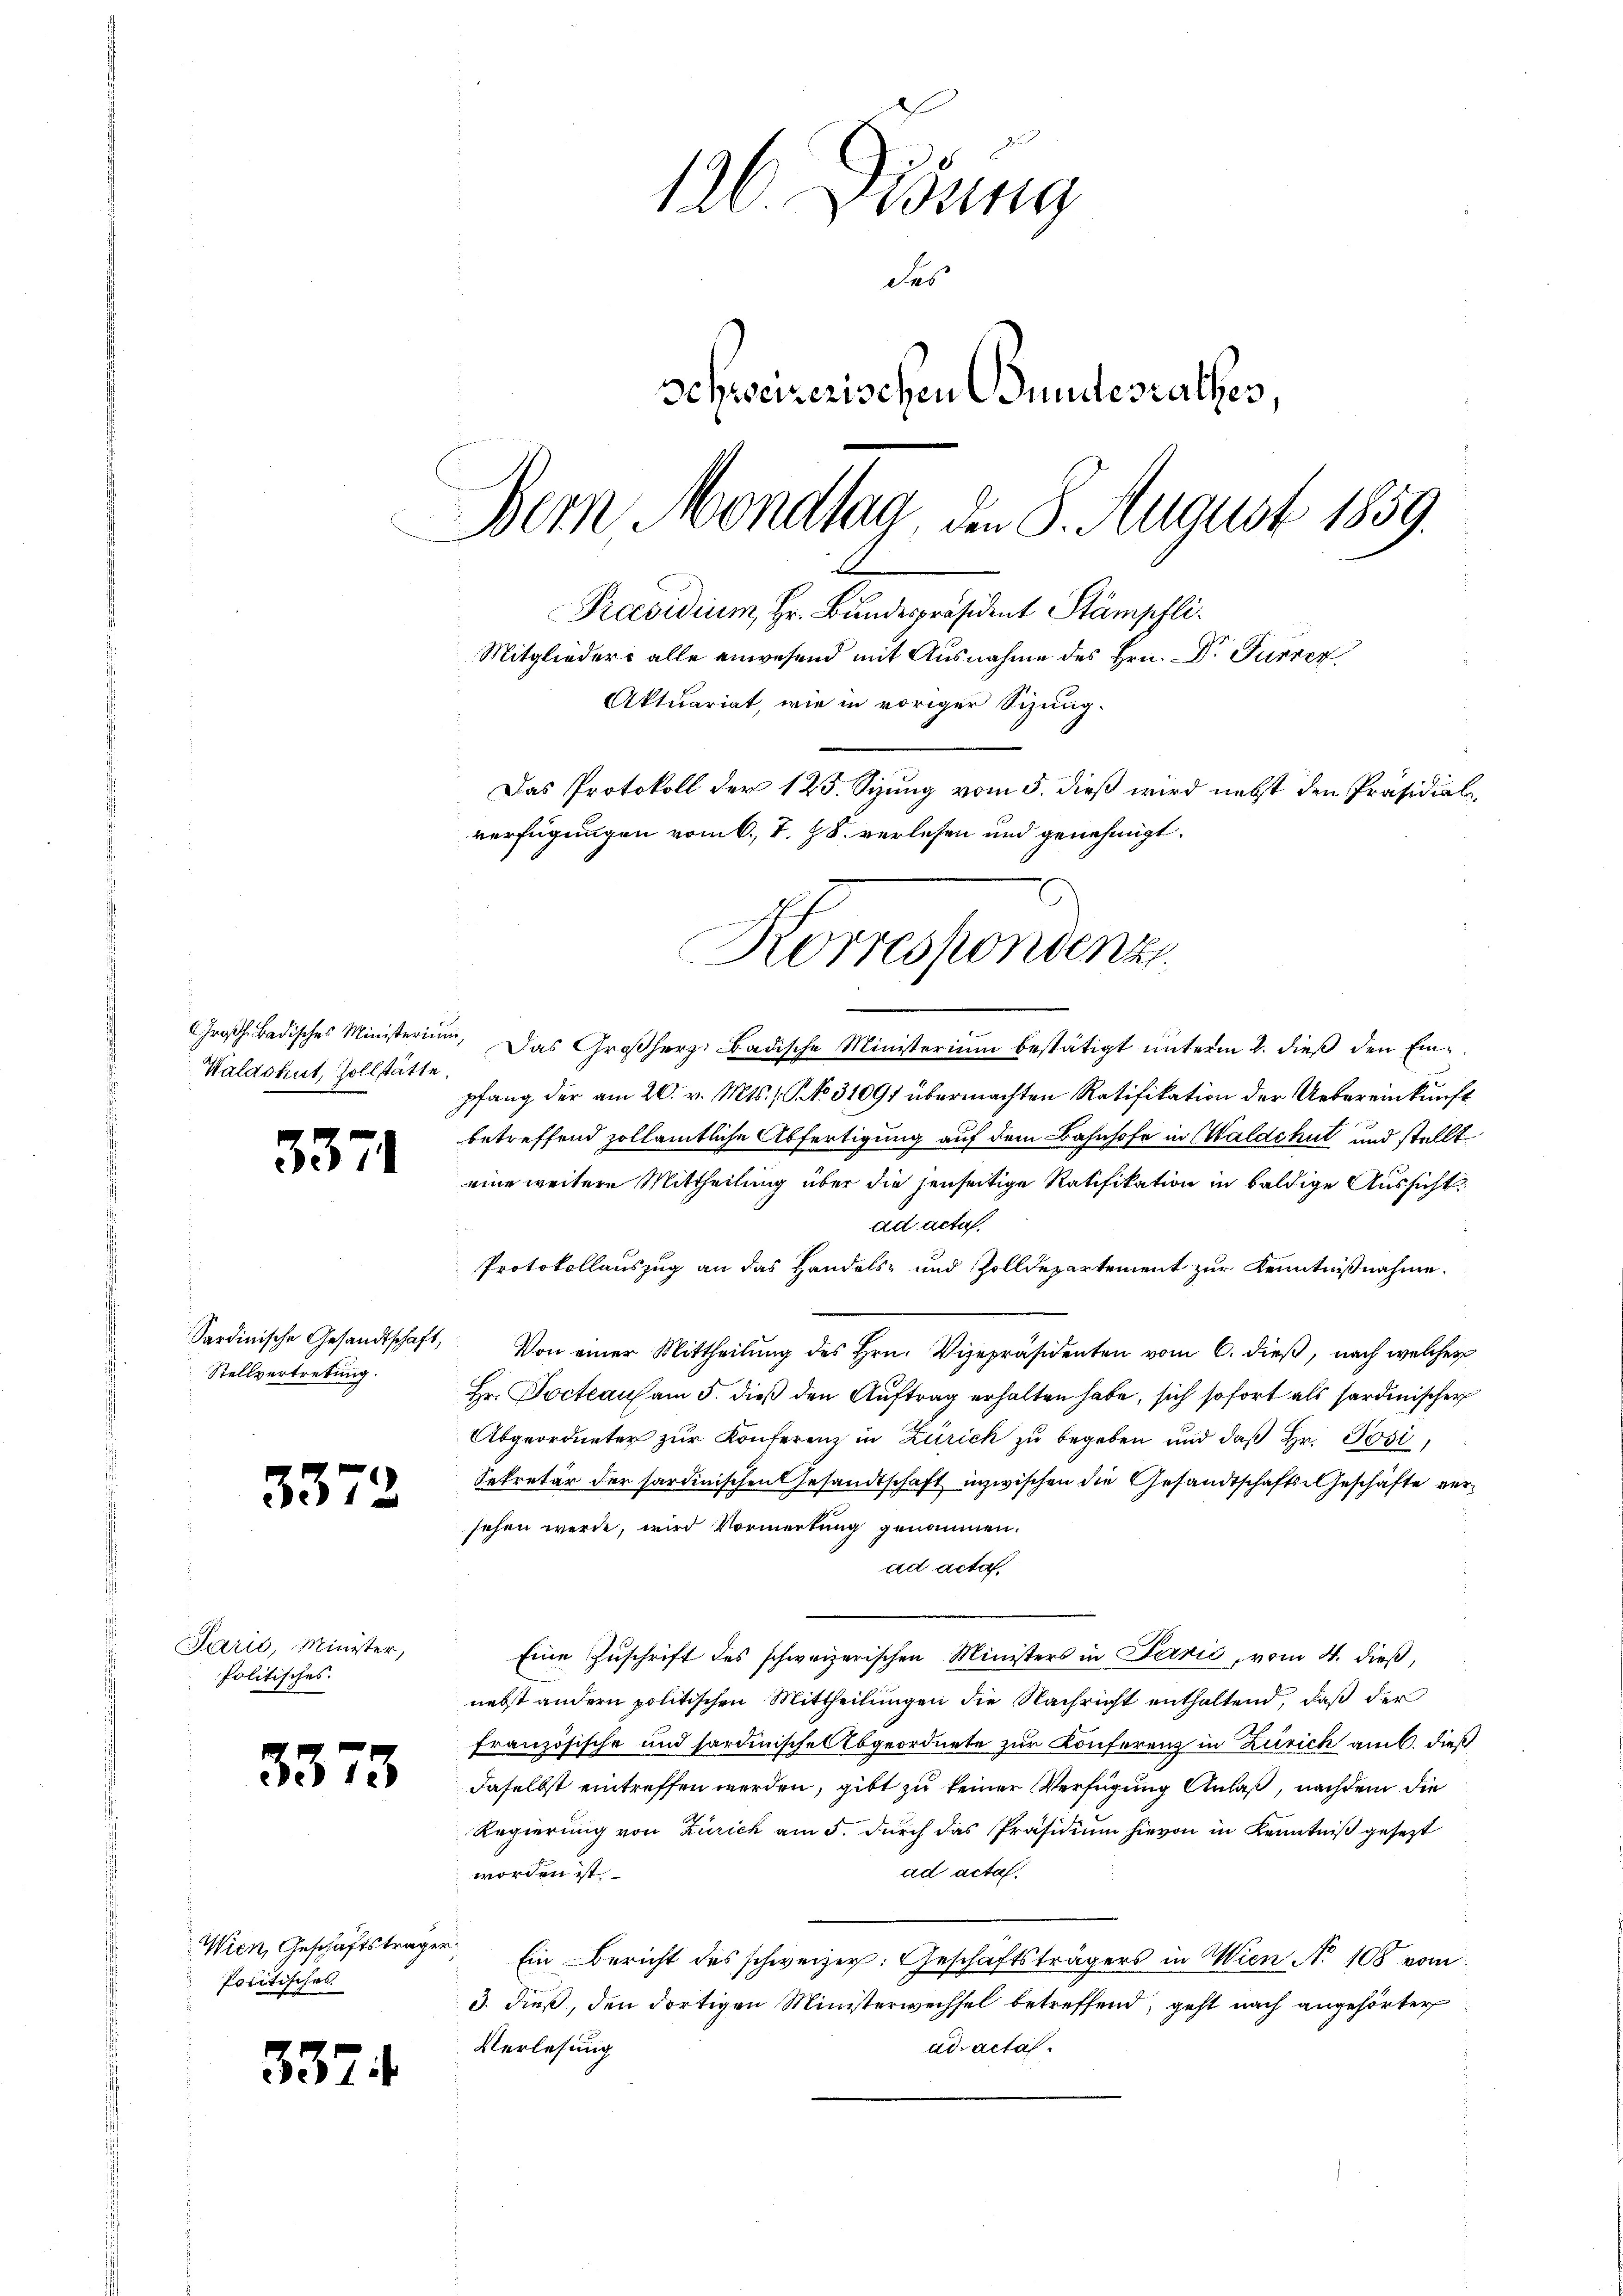
Waldshut, Zollstätte,

3371

Stellvertretung.

3372

Sarić, Minister,
Politisches.

33

337

75

Wien, Geschäftsträger
Prictisches

¬

126 isung
das
Schweizerischen Bundesrathes,
Bern Mondlag, den 8. August 1859.
.
Praesidium, Hr. Bundespräsident Stämpfli
Mitgliedere alle anwesend mit Ausnahme des Hrn. Dr. Furren
Aktuariat, wie in voriger Sizung.
Das Protokoll der 125. Sizung vom 5. dieß wird nebst den Präsidial
verfügungen vom 6. T. 88 verlesen und genehmigt.

Korrespondenz

Großh. Badisches Ministerium. Das Großherz- Badische Ministerium bestätigt ŭnterm 2. dieβ den Einpfang der am 20. v. Mts., No. 31091 übermachten Ratifikation der Uebereinkunft
betreffend zollämtliche Abfertigung auf dem Bahnhofe in Waldshut und stellt
eine weitere Mittheilung über die jenseitige Ratifikation in baldige Aussicht
ad acta.
Protokollauszug an das Handels- und Zolldepartement zur Kenntnißnahme.
Sardinische Gesandtschaft, Von einer Mittheilŭng des Hrn. Vizepräsidenten vom 6. dieβ, nach welcher
Hr. Docteau am 5. dieß den Auftrag erhalten habe, sich sofort als Sardinischer
Abgeordneter zur Konferenz in Zürich zu begeben und daß Hr. Josi
Sekretär der sardinischen Gesandtschaft inzwischen die Gesandtschafts-Geschäfte versehen werde, wird Vormerkung genommen.
ad acta
Eine Zuschrift des schweizerischen Ministers in Parzić, vom 4. dieß,
nebst andern politischen Mittheilungen die Nachricht enthaltend, daß der
französische und sordinische Abgeordnete zur Konferenz in Zürich am 6. dieß
daselbst eintreffen werden, gibt zu keiner Verfügung Anlaß, nachdem die
Regierung von Zürich am 5. durch das Präsidium hievon in Kenntniß gesezt
ad acta.
worden ist
Ein Bericht des schweizer. Geschäftsträgers in Wien No 108 vom
3. dieß, den dortigen Ministerwechsel betreffend, geht nach angehörter
Verlesung
ad acta.